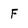
Character: F